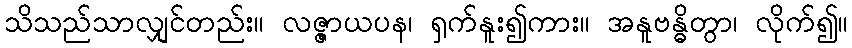
သိသည်သာလျှင်တည်း။ လဇ္ဇာယပန၊ ရှက်နူး၍ကား။ အနူဗန္ဓိတွာ၊ လိုက်၍။